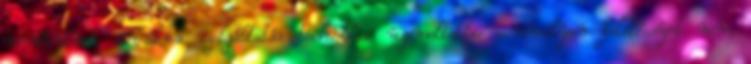
minősülnek, értük a szolgáltatás technikai üzemeltetője semmilyen felelősséget nem